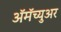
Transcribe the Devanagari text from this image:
ॲमॅच्युअर